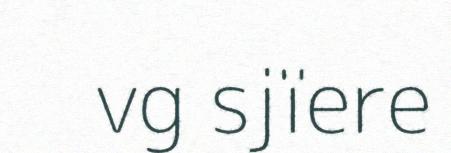
vg sjïere